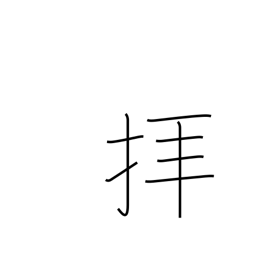
Meaning: pray to